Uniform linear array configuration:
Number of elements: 64
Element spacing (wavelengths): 0.5
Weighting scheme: uniform
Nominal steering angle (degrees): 15
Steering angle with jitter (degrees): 14.053
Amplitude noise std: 0.05
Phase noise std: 0.05

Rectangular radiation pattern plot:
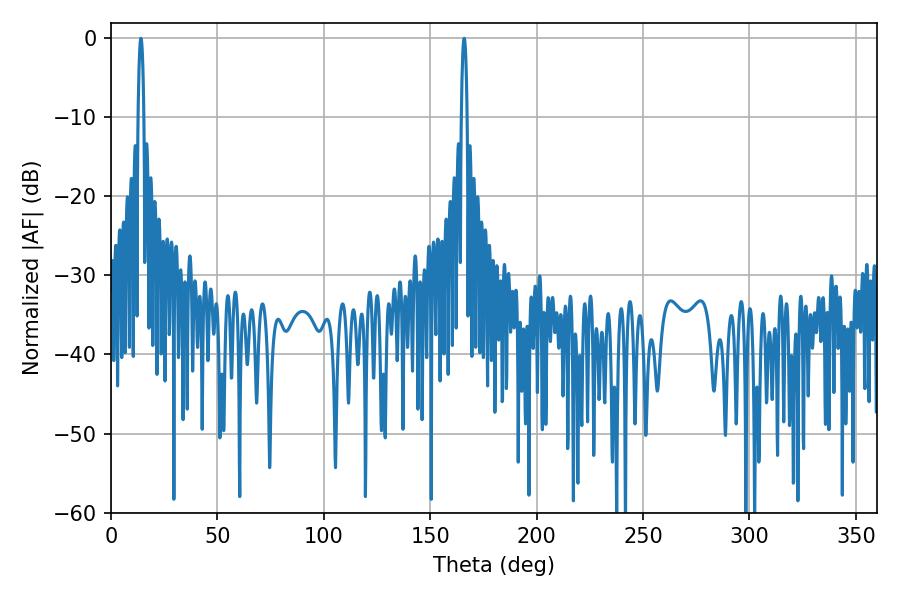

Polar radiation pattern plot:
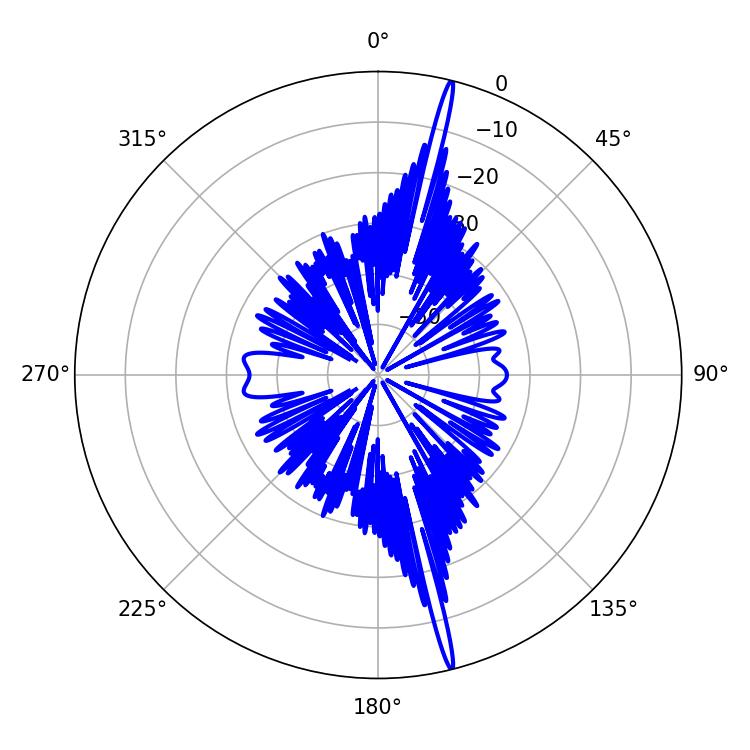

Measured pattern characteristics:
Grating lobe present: FALSE
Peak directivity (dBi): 21.08
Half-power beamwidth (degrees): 1.44
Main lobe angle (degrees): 14.04